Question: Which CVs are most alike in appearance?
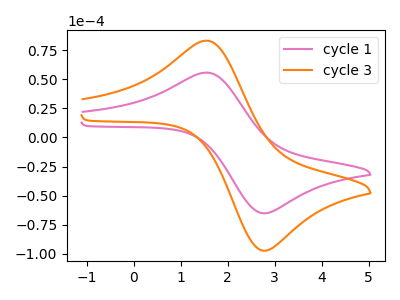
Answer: <think>The pink curve "cycle 1" has an anodic peak at (1.55V, 55.65uA) and a cathodic peak at (2.70V, -64.90uA). The orange curve "cycle 3" has an anodic peak at (1.55V, 83.10uA) and a cathodic peak at (2.70V, -96.95uA).
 All the peaks in "cycle 1" have a peak in "cycle 3" at the same potential. Every peak in "cycle 1" is lower than every peak in "cycle 3".</think>
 <answer>"cycle 1" and "cycle 3" have the same shape and are likely CV's of the same chemical.</answer>
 <eval>"cycle 1" "cycle 3"</eval>